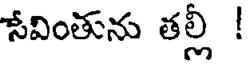
సేవింతును తల్లీ !